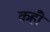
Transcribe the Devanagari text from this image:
कहोँ